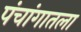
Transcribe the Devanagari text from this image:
पंचांगातला